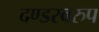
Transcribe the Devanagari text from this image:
दण्डस्वरुप